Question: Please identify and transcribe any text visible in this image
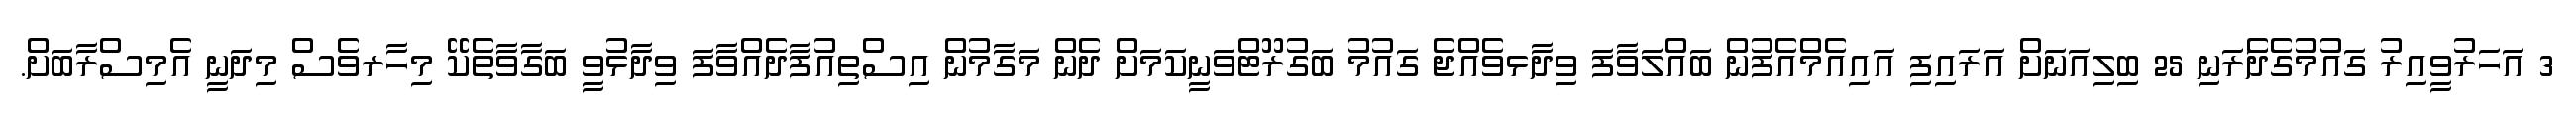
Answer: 3 އަހަރުވީއިރު ގައުމުގެދަެރަނި 25 ބިލިއަނަށް އަރައިފި އައިއެމްއެފުން ބައްލަވާފަ ވިދާޅވެއްޖެ ގައުމު ބަގުރޫޓްވަނީކަމަށް ދެން މަގާމުން އިސްތިއުފާދެއްވާފަ ވިދާޅުވީ ބަގާވާތެކޭ މިހާރވެސް މިދަނީ އެމިސްރާބަށް.